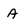
Character: A